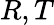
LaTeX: R,T